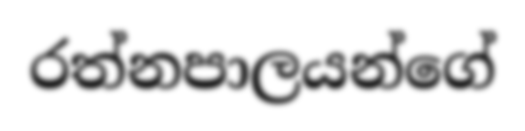
රත්නපාලයන්ගේ